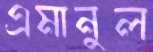
এমানুল